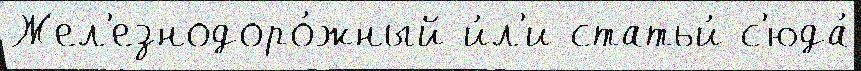
Жел'езнодоро́жный и́л'и статьи́ с'юда́